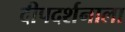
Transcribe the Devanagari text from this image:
दीपदर्शनाला